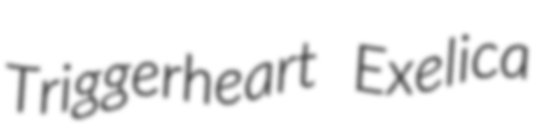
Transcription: Triggerheart Exelica